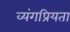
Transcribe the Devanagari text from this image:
व्यंगप्रियता